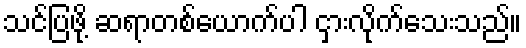
သင်ပြဖို့ ဆရာတစ်ယောက်ပါ ငှားလိုက်သေးသည်။